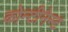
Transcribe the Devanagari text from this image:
कोन्टीनेन्ट